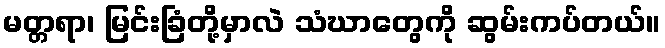
မတ္တရာ၊ မြင်းခြံတို့မှာလဲ သံဃာတွေကို ဆွမ်းကပ်တယ်။